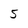
Character: 5